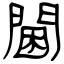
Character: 閫